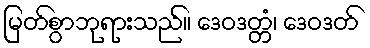
မြတ်စွာဘုရားသည်။ ဒေဝဒတ္တံ၊ ဒေဝဒတ်